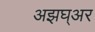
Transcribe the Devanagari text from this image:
अझघ्अर